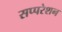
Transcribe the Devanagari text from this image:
सप्परेशन